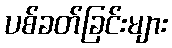
ပစ်ခတ်ခြင်းများ